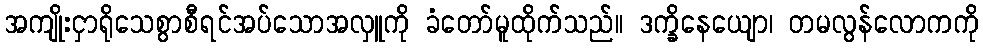
အကျိုးငှာရိုသေစွာစီရင်အပ်သောအလှူကို ခံတော်မူထိုက်သည်။ ဒက္ခိနေယျော၊ တမလွန်လောကကို